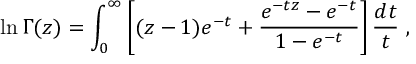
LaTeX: \ln \Gamma ( z ) = \int _ { 0 } ^ { \infty } \left[ ( z - 1 ) e ^ { - t } + \frac { e ^ { - t z } - e ^ { - t } } { 1 - e ^ { - t } } \right] \frac { d t } { t } \ ,